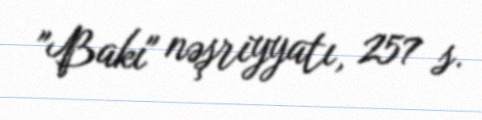
"Bakı" nəşriyyatı, 257 s.